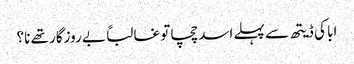
ابا کی ڈیتھ سے پہلے اسد چچا تو غالباً بے روزگار تھے نا؟